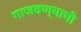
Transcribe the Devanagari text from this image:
गाजवण्याची